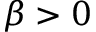
\beta > 0